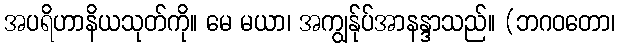
အပရိဟာနိယသုတ်ကို။ မေ မယာ၊ အကျွန်ုပ်အာနန္ဒာသည်။ (ဘဂဝတော၊